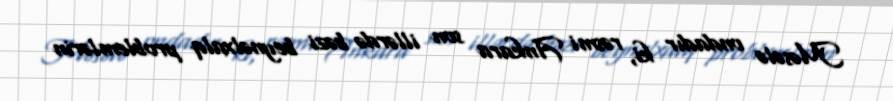
Məsələ ondadır ki, rəsmi Ankara son illərdə bəzi beynəlxalq problemlərin